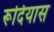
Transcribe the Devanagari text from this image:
रूदियास